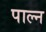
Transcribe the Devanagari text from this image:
पाल्न